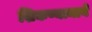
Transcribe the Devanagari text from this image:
शिकण्यामागे